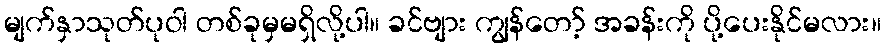
မျက်နှာသုတ်ပုဝါ တစ်ခုမှမရှိလို့ပါ။ ခင်ဗျား ကျွန်တော့် အခန်းကို ပို့ပေးနိုင်မလား။